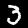
Label: 3